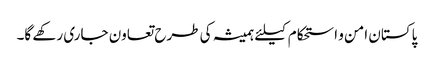
پاکستان امن و استحکام کیلئے ہمیشہ کی طرح تعاون جاری رکھے گا۔